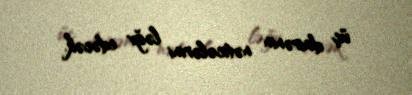
üç dairənin nəticələrini ləğv edəcək.